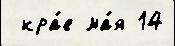
 кра́е ма́я 14